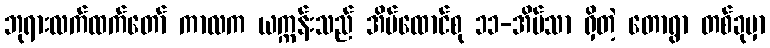
ဘုရားလက်ထက်တော် ကာလက ယက္ကန်းသည် အိမ်ထောင်စု ၁၁-အိမ်သာ ရှိတဲ့ တောရွာ တစ်ခုမှာ